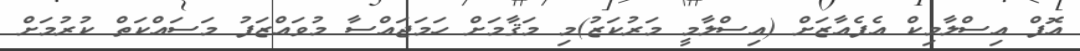
އޮފް އިސްލާމިކް އެފެއާޒަށް (އިސްލާމީ މަރުކަޒު)މި މަޤާމަށް ހަމަޖައްސާ މުވައްޒަފު މަސައްކަތް ކުރުމަށް